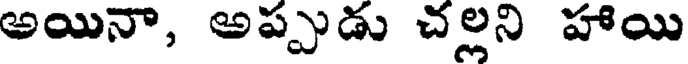
అయినా, అప్పుడు చల్లని హాయి